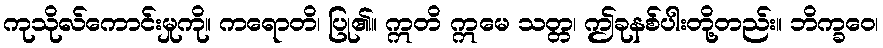
ကုသိုလ်ကောင်းမှုကို။ ကရောတိ၊ ပြု၏။ ဣတိ ဣမေ သတ္တ၊ ဤခုနစ်ပါးတို့တည်း။ ဘိက္ခဝေ၊